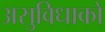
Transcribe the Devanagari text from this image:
असुविधाको